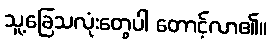
သူ့ခြေသလုံးတွေပါ တောင့်လာ၏။